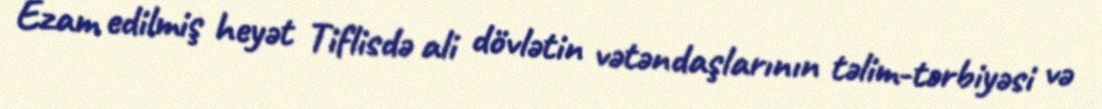
Ezam edilmiş heyət Tiflisdə ali dövlətin vətəndaşlarının təlim-tərbiyəsi və